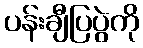
ပန်းချီပြပွဲကို